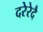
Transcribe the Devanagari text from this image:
दरेरेदै